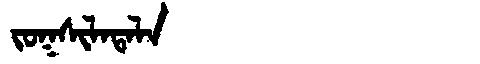
Manchu: ᠵᠣᡴᠰᡳᠯᠠᡨᠠᠯᠠ
Romanization: JOKSILATALA